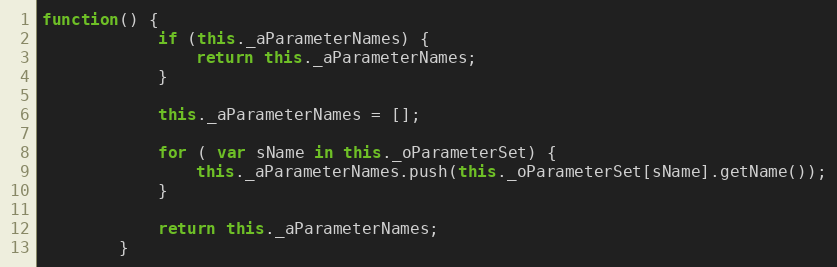
Language: JavaScript
function() {
			if (this._aParameterNames) {
				return this._aParameterNames;
			}

			this._aParameterNames = [];

			for ( var sName in this._oParameterSet) {
				this._aParameterNames.push(this._oParameterSet[sName].getName());
			}

			return this._aParameterNames;
		}